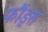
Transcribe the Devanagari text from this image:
फौंड्स